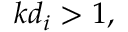
k d _ { i } > 1 ,